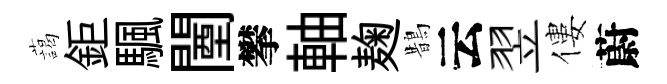
藹鉅颿闉攀軸麹鵲云翌僂蔚